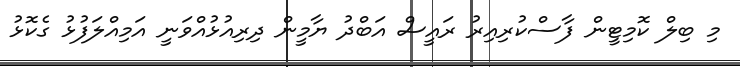
މި ބިލް ކޮމިޓީން ފާސްކުރިއިރު ރައީސް އަބްދު ޔާމީން ދިރިއުޅުއްވަނީ އަމިއްލަފުޅު ގެކޮޅު